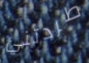
طردتني